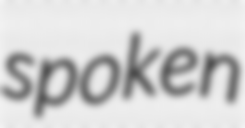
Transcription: spoken